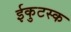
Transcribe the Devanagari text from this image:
ईकुटस्क